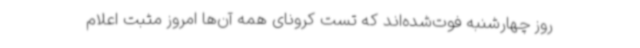
روز چهارشنبه فوت‌شده‌اند که تست کرونای همه آن‌ها امروز مثبت اعلام‌